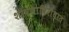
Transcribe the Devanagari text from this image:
शोषणाविरोधात